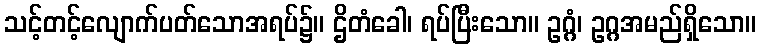
သင့်တင့်လျောက်ပတ်သောအရပ်၌။ ဌိတံခေါ၊ ရပ်ပြီးသော။ ဥဂ္ဂံ၊ ဥဂ္ဂအမည်ရှိသော။